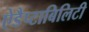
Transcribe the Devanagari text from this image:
ऐडैप्टाबिलिटी